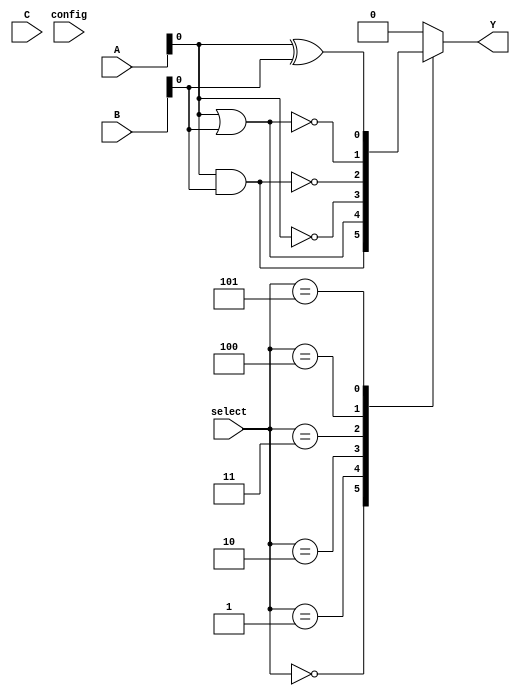
module CLB (
    input wire [2:0] A,        // 3-bit input
    input wire [2:0] B,        // 3-bit input
    input wire [2:0] C,        // 3-bit input
    input wire [2:0] config,   // Configuration inputs for the anti-fuse
    input wire [2:0] select,    // Select lines for functions
    output reg Y               // Output
);

// Internal signals for logic operations
wire and_out, or_out, not_out, xor_out, nand_out, nor_out;

// Combinational logic implementations
assign and_out = A & B;
assign or_out = A | B;
assign not_out = ~A;
assign xor_out = A ^ B;
assign nand_out = ~(A & B);
assign nor_out = ~(A | B);

// Configurable logic function based on select signal
always @(*) begin
    case (select)
        3'b000: Y = and_out;     // AND
        3'b001: Y = or_out;      // OR
        3'b010: Y = not_out;     // NOT
        3'b011: Y = nand_out;    // NAND
        3'b100: Y = nor_out;     // NOR
        3'b101: Y = xor_out;     // XOR
        default: Y = 1'b0;       // Default case
    endcase
end

endmodule